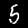
Label: 5